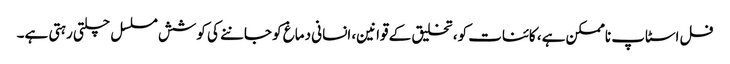
فل اسٹاپ ناممکن ہے، کائنات کو، تخلیق کے قوانین، انسانی دماغ کو جاننے کی کوشش مسلسل چلتی رہتی ہے۔